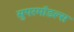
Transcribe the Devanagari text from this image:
सुपरमॉडल्स